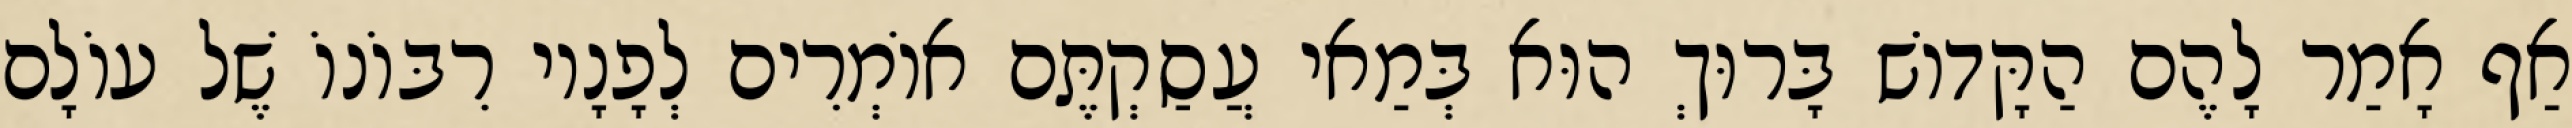
אַף אָמַר לָהֶם הַקָּדוֹשׁ בָּרוּךְ הוּא בְּמַאי עֲסַקְתֶּם אוֹמְרִים לְפָנָיו רִבּוֹנוֹ שֶׁל עוֹלָם